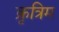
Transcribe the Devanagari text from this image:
क्रृत्रिम